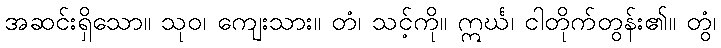
အဆင်းရှိသော။ သုဝ၊ ကျေးသား။ တံ၊ သင့်ကို။ ဣင်္ဃ၊ ငါတိုက်တွန်း၏။ တွံ၊